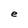
Character: e